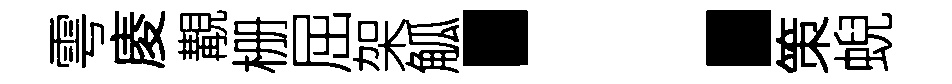
雩庱覯栅屈架觚：策蜺